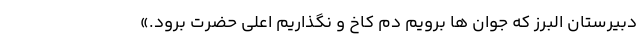
دبیرستان البرز که جوان ها برویم دم کاخ و نگذاریم اعلی حضرت برود.»